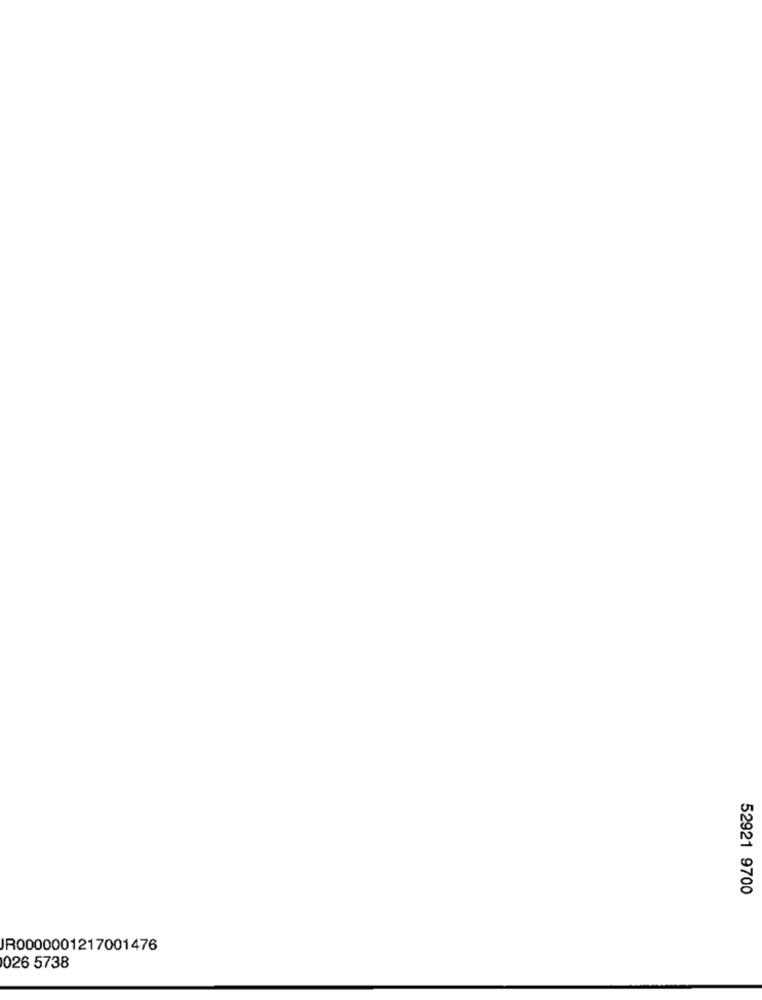
52921 9700
IR0000001217001476
026 5738